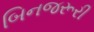
બિનજરૂરી